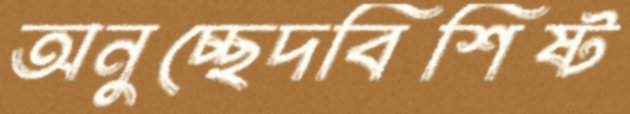
অনুচ্ছেদবিশিষ্ট